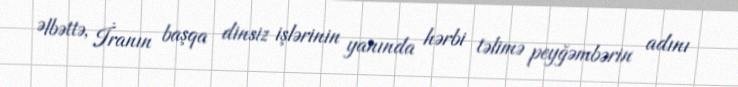
Əlbəttə, İranın başqa dinsiz işlərinin yanında hərbi təlimə peyğəmbərin adını